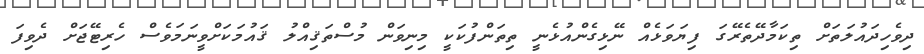
ދިވެހިދައުލަތަށް ތިކަމާދޭތެރޭގަ ފިޔަވަޅެއް ނޭޅިގެންއުޅެނީ ތިތަންފުކަކީ މިނިވަން މުސްތަޤިއްލު ޤައުމަކަށްވީނަމަވެސް ހެރިޓޭޖަށް ދެވިފަ